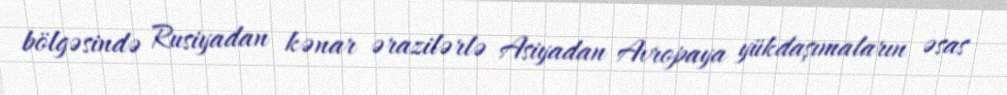
bölgəsində Rusiyadan kənar ərazilərlə Asiyadan Avropaya yükdaşımaların əsas